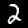
Label: 2